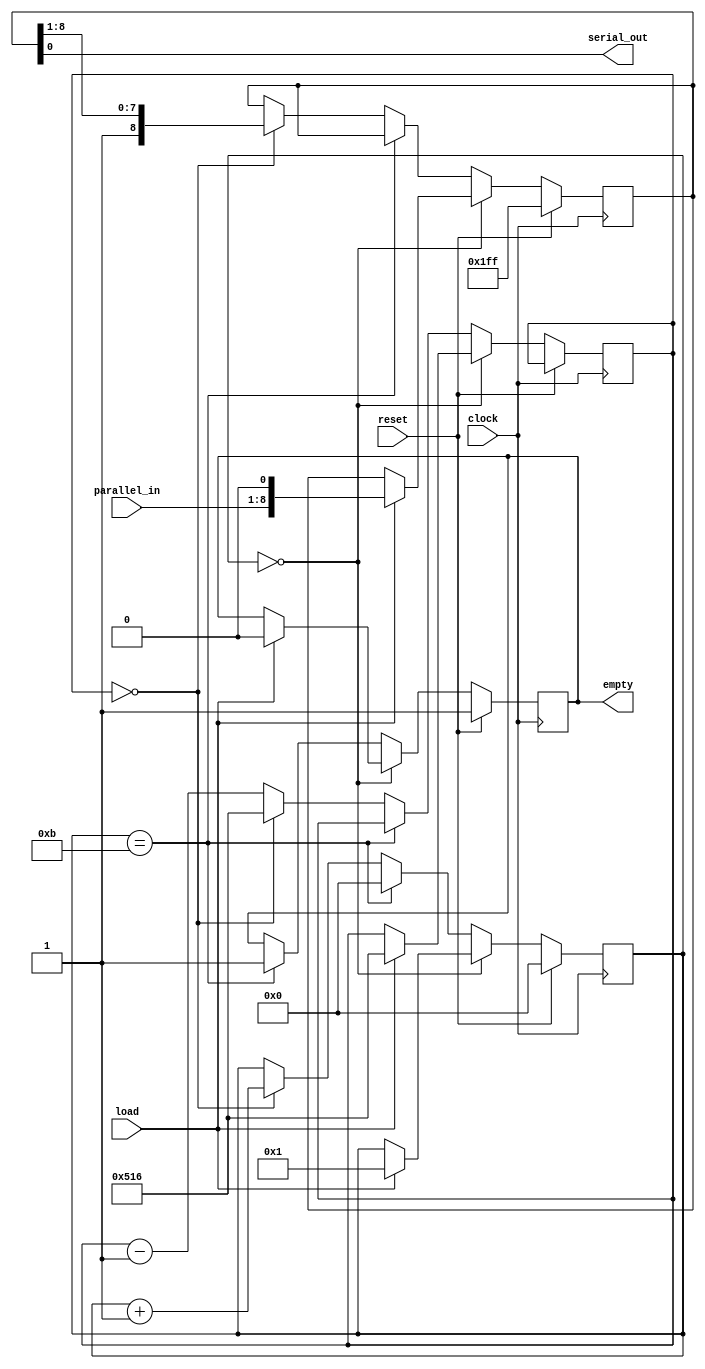
module LogicProbe_xmt(clock, reset, load, empty, parallel_in, serial_out);
    input clock;
    input reset;
    input load;
    output reg empty;
    input [7:0] parallel_in;
    output serial_out;
  reg [3:0] state;
  reg [8:0] shift;
  reg [10:0] count;
  assign serial_out = shift[0];
  always @(posedge clock) begin
    if (reset == 1) begin
      state <= 4'h0;
      shift <= 9'b111111111;
      empty <= 1;
    end else begin
      if (state == 4'h0) begin
        if (load == 1) begin
          state <= 4'h1;
          shift <= { parallel_in, 1'b0 };
          count <= 1302;
          empty <= 0;
        end
      end else
      if (state == 4'hb) begin
        state <= 4'h0;
        empty <= 1;
      end else begin
        if (count == 0) begin
          state <= state + 1;
          shift[8:0] <= { 1'b1, shift[8:1] };
          count <= 1302;
        end else begin
          count <= count - 1;
        end
      end
    end
  end
endmodule